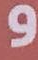
و